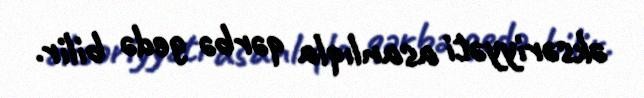
əksəriyyəti asanlıqla qərbə gedə bilir.